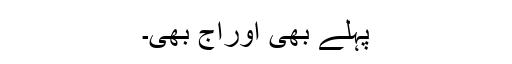
پہلے بھی اورآج بھی۔